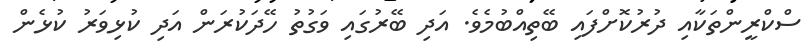
ސްކްރީންތަކާއި ދުރުކޮށްފައި ބޭތިއްބުމެވެ. އަދި ބޭރުގައި ވަގުތު ހޭދަކުރަން އަދި ކުޅިވަރު ކުޅެން